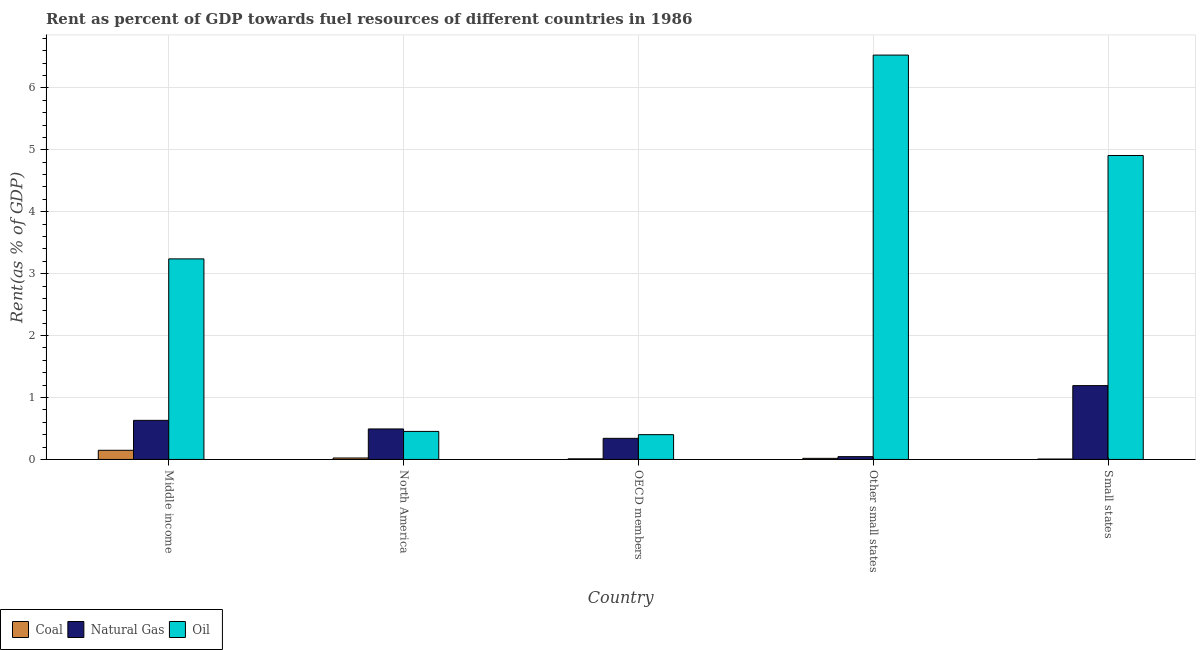
| Country | Coal | Natural Gas | Oil |
 | --- | --- | --- | --- |
 | Middle income | 0.148 | 0.631 | 3.24 |
 | North America | 0.0235 | 0.492 | 0.453 |
 | OECD members | 0.0102 | 0.341 | 0.4 |
 | Other small states | 0.0178 | 0.0453 | 6.53 |
 | Small states | 0.00683 | 1.19 | 4.91 |